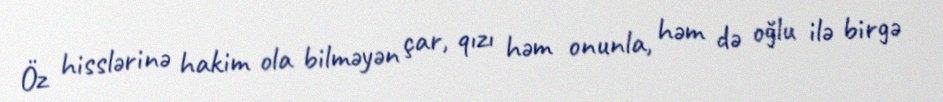
Öz hisslərinə hakim ola bilməyən çar, qızı həm onunla, həm də oğlu ilə birgə